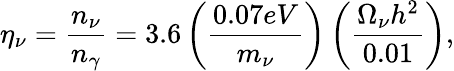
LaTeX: \eta_{\nu}=\frac{n_{\nu}}{n_{\gamma}}=3.6\left(\frac{0.07eV}{m_{\nu}}\right)\left(\frac{\Omega_{\nu}h^{2}}{0.01}\right),